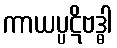
ကာယပ္ပဋိဗဒ္ဓါ